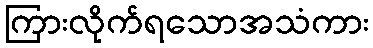
ကြားလိုက်ရသောအသံကား